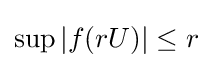
{\textstyle \sup |f(rU)|\leq r}